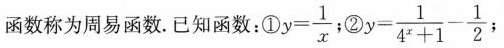
函数称为周易函数。已知函数：① $$y = \frac { 1 } { x }$$ ②$$y = \frac { 1 } { 4 ^ { x } + 1 } - \frac { 1 } { 2 }$$ ，